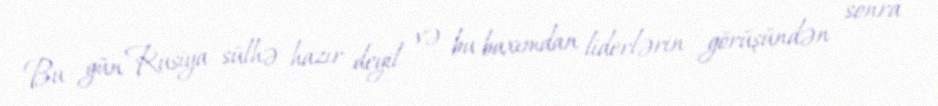
Bu gün Rusiya sülhə hazır deyil və bu baxımdan liderlərin görüşündən sonra